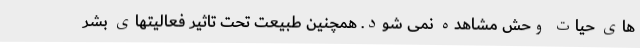
های حیات وحش مشاهده نمی شود. همچنین طبیعت تحت تاثیر فعالیتهای بشر